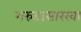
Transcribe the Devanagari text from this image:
गरुडासारखा